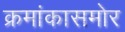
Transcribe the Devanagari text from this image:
क्रमांकासमोर